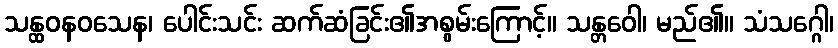
သန္ထဝနဝသေန၊ ပေါင်းသင်း ဆက်ဆံခြင်း၏အစွမ်းကြောင့်။ သန္တဝေါ၊ မည်၏။ သံသဂ္ဂေါ၊